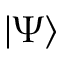
| \Psi \rangle